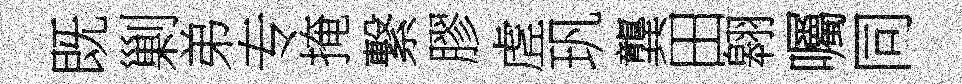
既剿弟专掩繋膠虗㺬龔田翱囑同